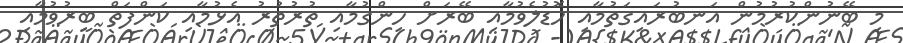
މި ބޭނުންކުރުމުން އަނބުރައިގަތުމާއި ހޮޑުލެވުމާއި ބޭރަށް ހިންގުމާއި ތުރުތުރު އެޅުމާއި ކަންފަތް ބީރުވުމާއި